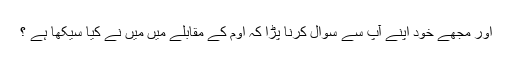
اور مجھے خود اپنے آپ سے سوال کرنا پڑا کہ اوم کے مقابلے میں میں نے کیا سیکھا ہے ؟